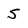
Character: S